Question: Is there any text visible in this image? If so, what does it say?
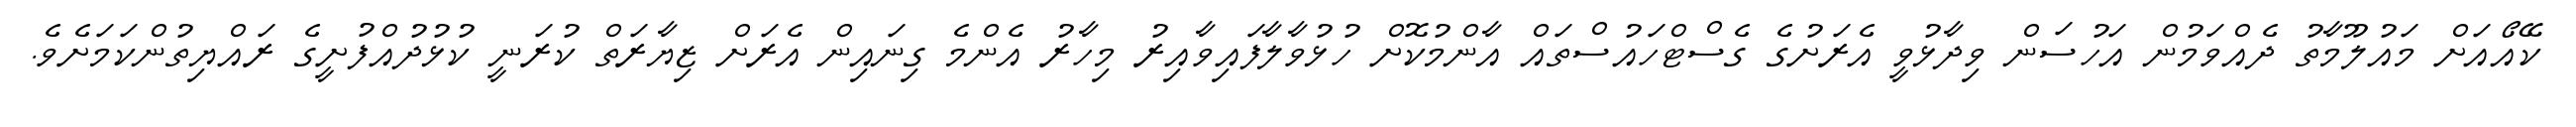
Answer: ކޭއޯއަށް މައުލޫމާތު ދެއްވަމުން އަހުސަން ވިދާޅުވީ އެރަށުގެ ގެސްޓްހައުސްތައް އާންމުކޮށް ހުޅުވާލާފައިވާއިރު މިހާރު އެންމެ ގިނައިން އެރަށް ޒިޔާރަތް ކުރަނީ ކުޅުދުއްފުށީގެ ރައްޔިތުންކަމަށެވެ.